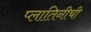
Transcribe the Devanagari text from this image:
प्लातिनीची